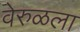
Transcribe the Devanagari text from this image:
वेरुळला